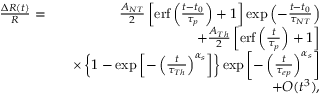
\begin{array} { r l r } { \frac { \Delta R ( t ) } { R } = } & { } & { \frac { A _ { N T } } { 2 } \left[ \mathrm { e r f } \left( \frac { t - t _ { 0 } } { \tau _ { p } } \right) + 1 \right] \exp \left( - \frac { t - t _ { 0 } } { \tau _ { N T } } \right) } \\ & { } & { + \frac { A _ { T h } } { 2 } \left[ \mathrm { e r f } \left( \frac { t } { \tau _ { p } } \right) + 1 \right] } \\ & { } & { \times \left\{ 1 - \exp \left[ - \left( \frac { t } { \tau _ { T h } } \right) ^ { \alpha _ { s } } \right] \right\} \exp \left[ - \left( \frac { t } { \tau _ { e p } } \right) ^ { \alpha _ { s } } \right] } \\ & { } & { + O ( t ^ { 3 } ) , } \end{array}